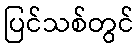
ပြင်သစ်တွင်